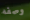
وصفه